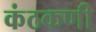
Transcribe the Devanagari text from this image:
कंठकणी